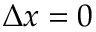
\Delta x = 0